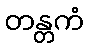
တန္တကံ